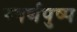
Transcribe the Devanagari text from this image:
स्वर्णपुष्प